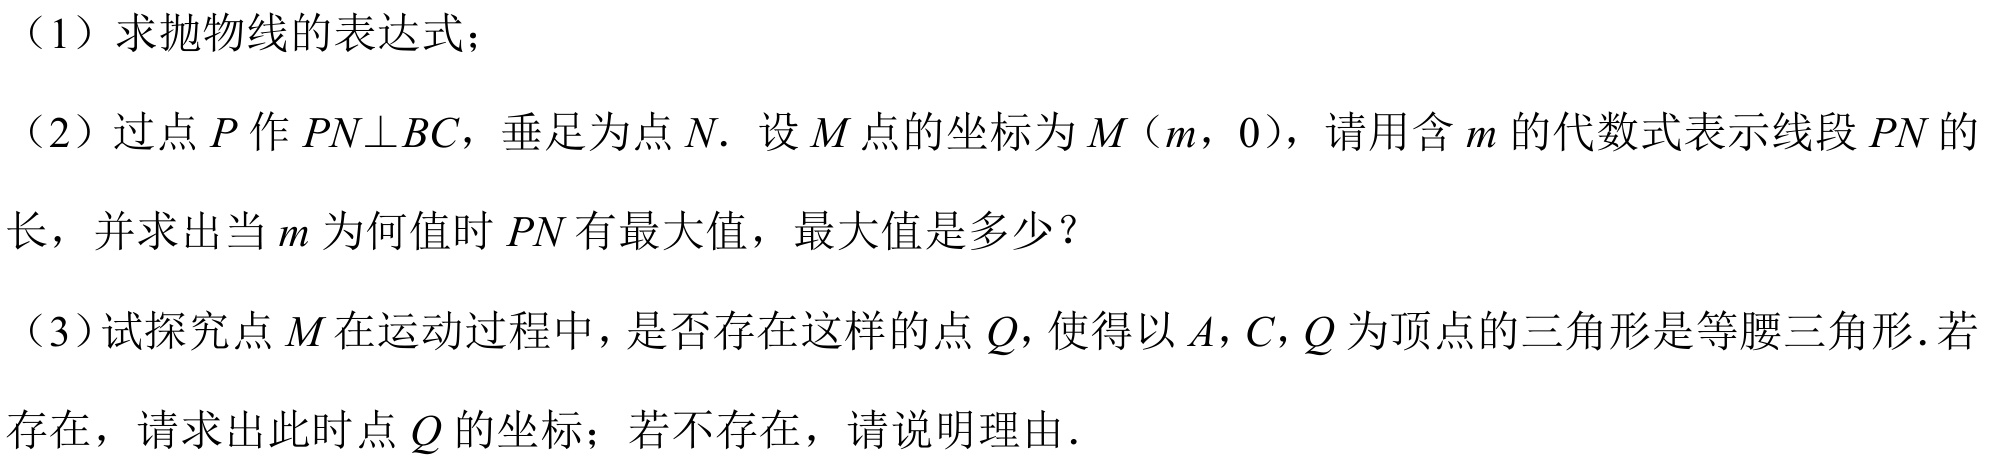
（1）求抛物线的表达式；
（2）过点\(P\)作\(PN\perp BC\)，垂足为点\(N\). 设\(M\)点的坐标为\(M(m,0)\)，请用含\(m\)的代数式表示线段\(PN\)的
长，并求出当\(m\)为何值时\(PN\)有最大值，最大值是多少？
（3）试探究点\(M\)在运动过程中，是否存在这样的点\(Q\)，使得以\(A,C,Q\)为顶点的三角形是等腰三角形.若
存在，请求出此时点\(Q\)的坐标；若不存在，请说明理由.